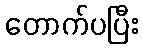
တောက်ပပြီး